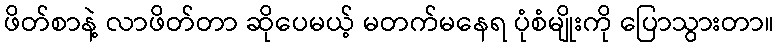
ဖိတ်စာနဲ့ လာဖိတ်တာ ဆိုပေမယ့် မတက်မနေရ ပုံစံမျိုးကို ပြောသွားတာ။